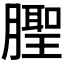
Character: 𬂒